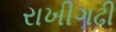
રાખીગઢી